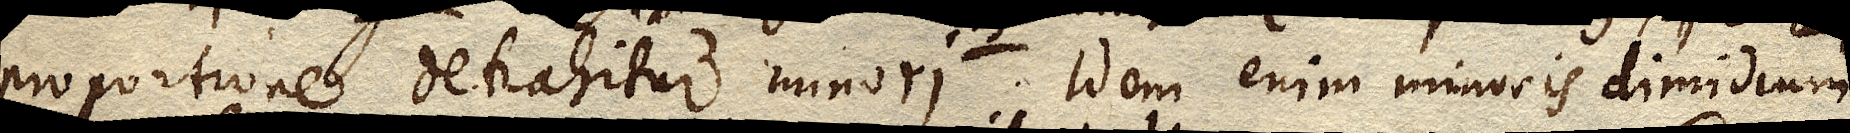
proportione detrahitur minori. Idem enim minoris dimidium